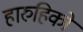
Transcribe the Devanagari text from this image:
हारुहिको